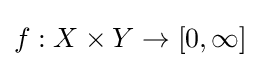
{\textstyle f:X\times Y\to [0,\infty ]}